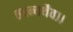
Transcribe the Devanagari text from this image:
तदन्यथैव।।